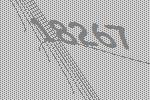
18267